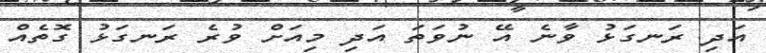
އަދި ރަނގަޅު ވާނެ އޭ ނުވަތަ އަދި މިއަށް ވުރެ ރަނގަޅު ގޮތެއް